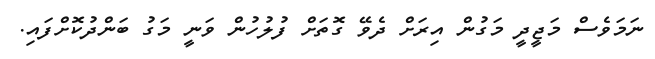
ނަމަވެސް މަޖީދީ މަގުން އިރަށް ދެވޭ ގޮތަށް ފުލުހުން ވަނީ މަގު ބަންދުކޮށްފައި.